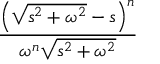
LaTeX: \frac { \left( { \sqrt { s ^ { 2 } + \omega ^ { 2 } } } - s \right) ^ { n } } { \omega ^ { n } { \sqrt { s ^ { 2 } + \omega ^ { 2 } } } }